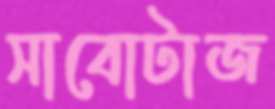
সাবোটাজ